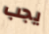
يجب